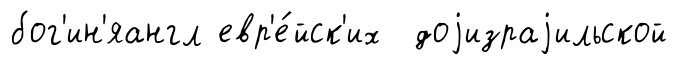
бог'ин'яангл евр'е́йск'их доjизраjильской